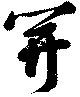
開